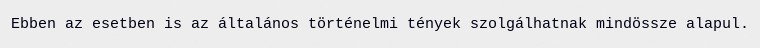
Ebben az esetben is az általános történelmi tények szolgálhatnak mindössze alapul.